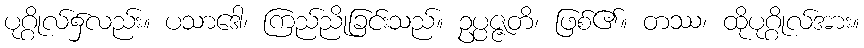
ပုဂ္ဂိုလ်၌လည်း။ ပသာဒေါ၊ ကြည်ညိုခြင်းသည်။ ဥပ္ပဇ္ဇတိ၊ ဖြစ်၏။ တဿ၊ ထိုပုဂ္ဂိုလ်အား။